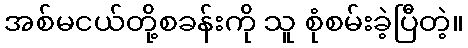
အစ်မငယ်တို့စခန်းကို သူ စုံစမ်းခဲ့ပြီတဲ့။